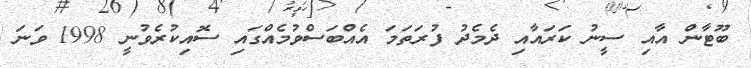
ބޫޓާން އާއި ސީނު ކަރައާއި ދެމެދު ފުރަތަމަ އެއްބަސްވުމެއްގައި ސޮއިކުރެވުނީ 1998 ވަނަ